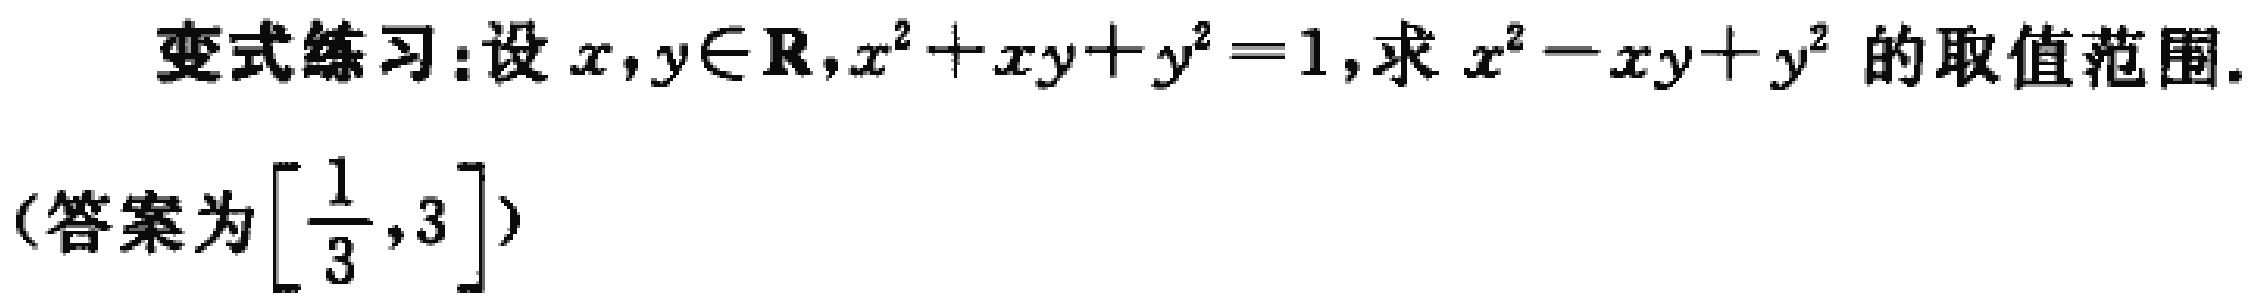
变式练习:设\(x,y\in\mathbb{R},x^{2}+xy + y^{2}=1\),求 \(x^{2}-xy + y^{2}\) 的取值范围.
(答案为\(\left[\frac{1}{3},3\right]\))